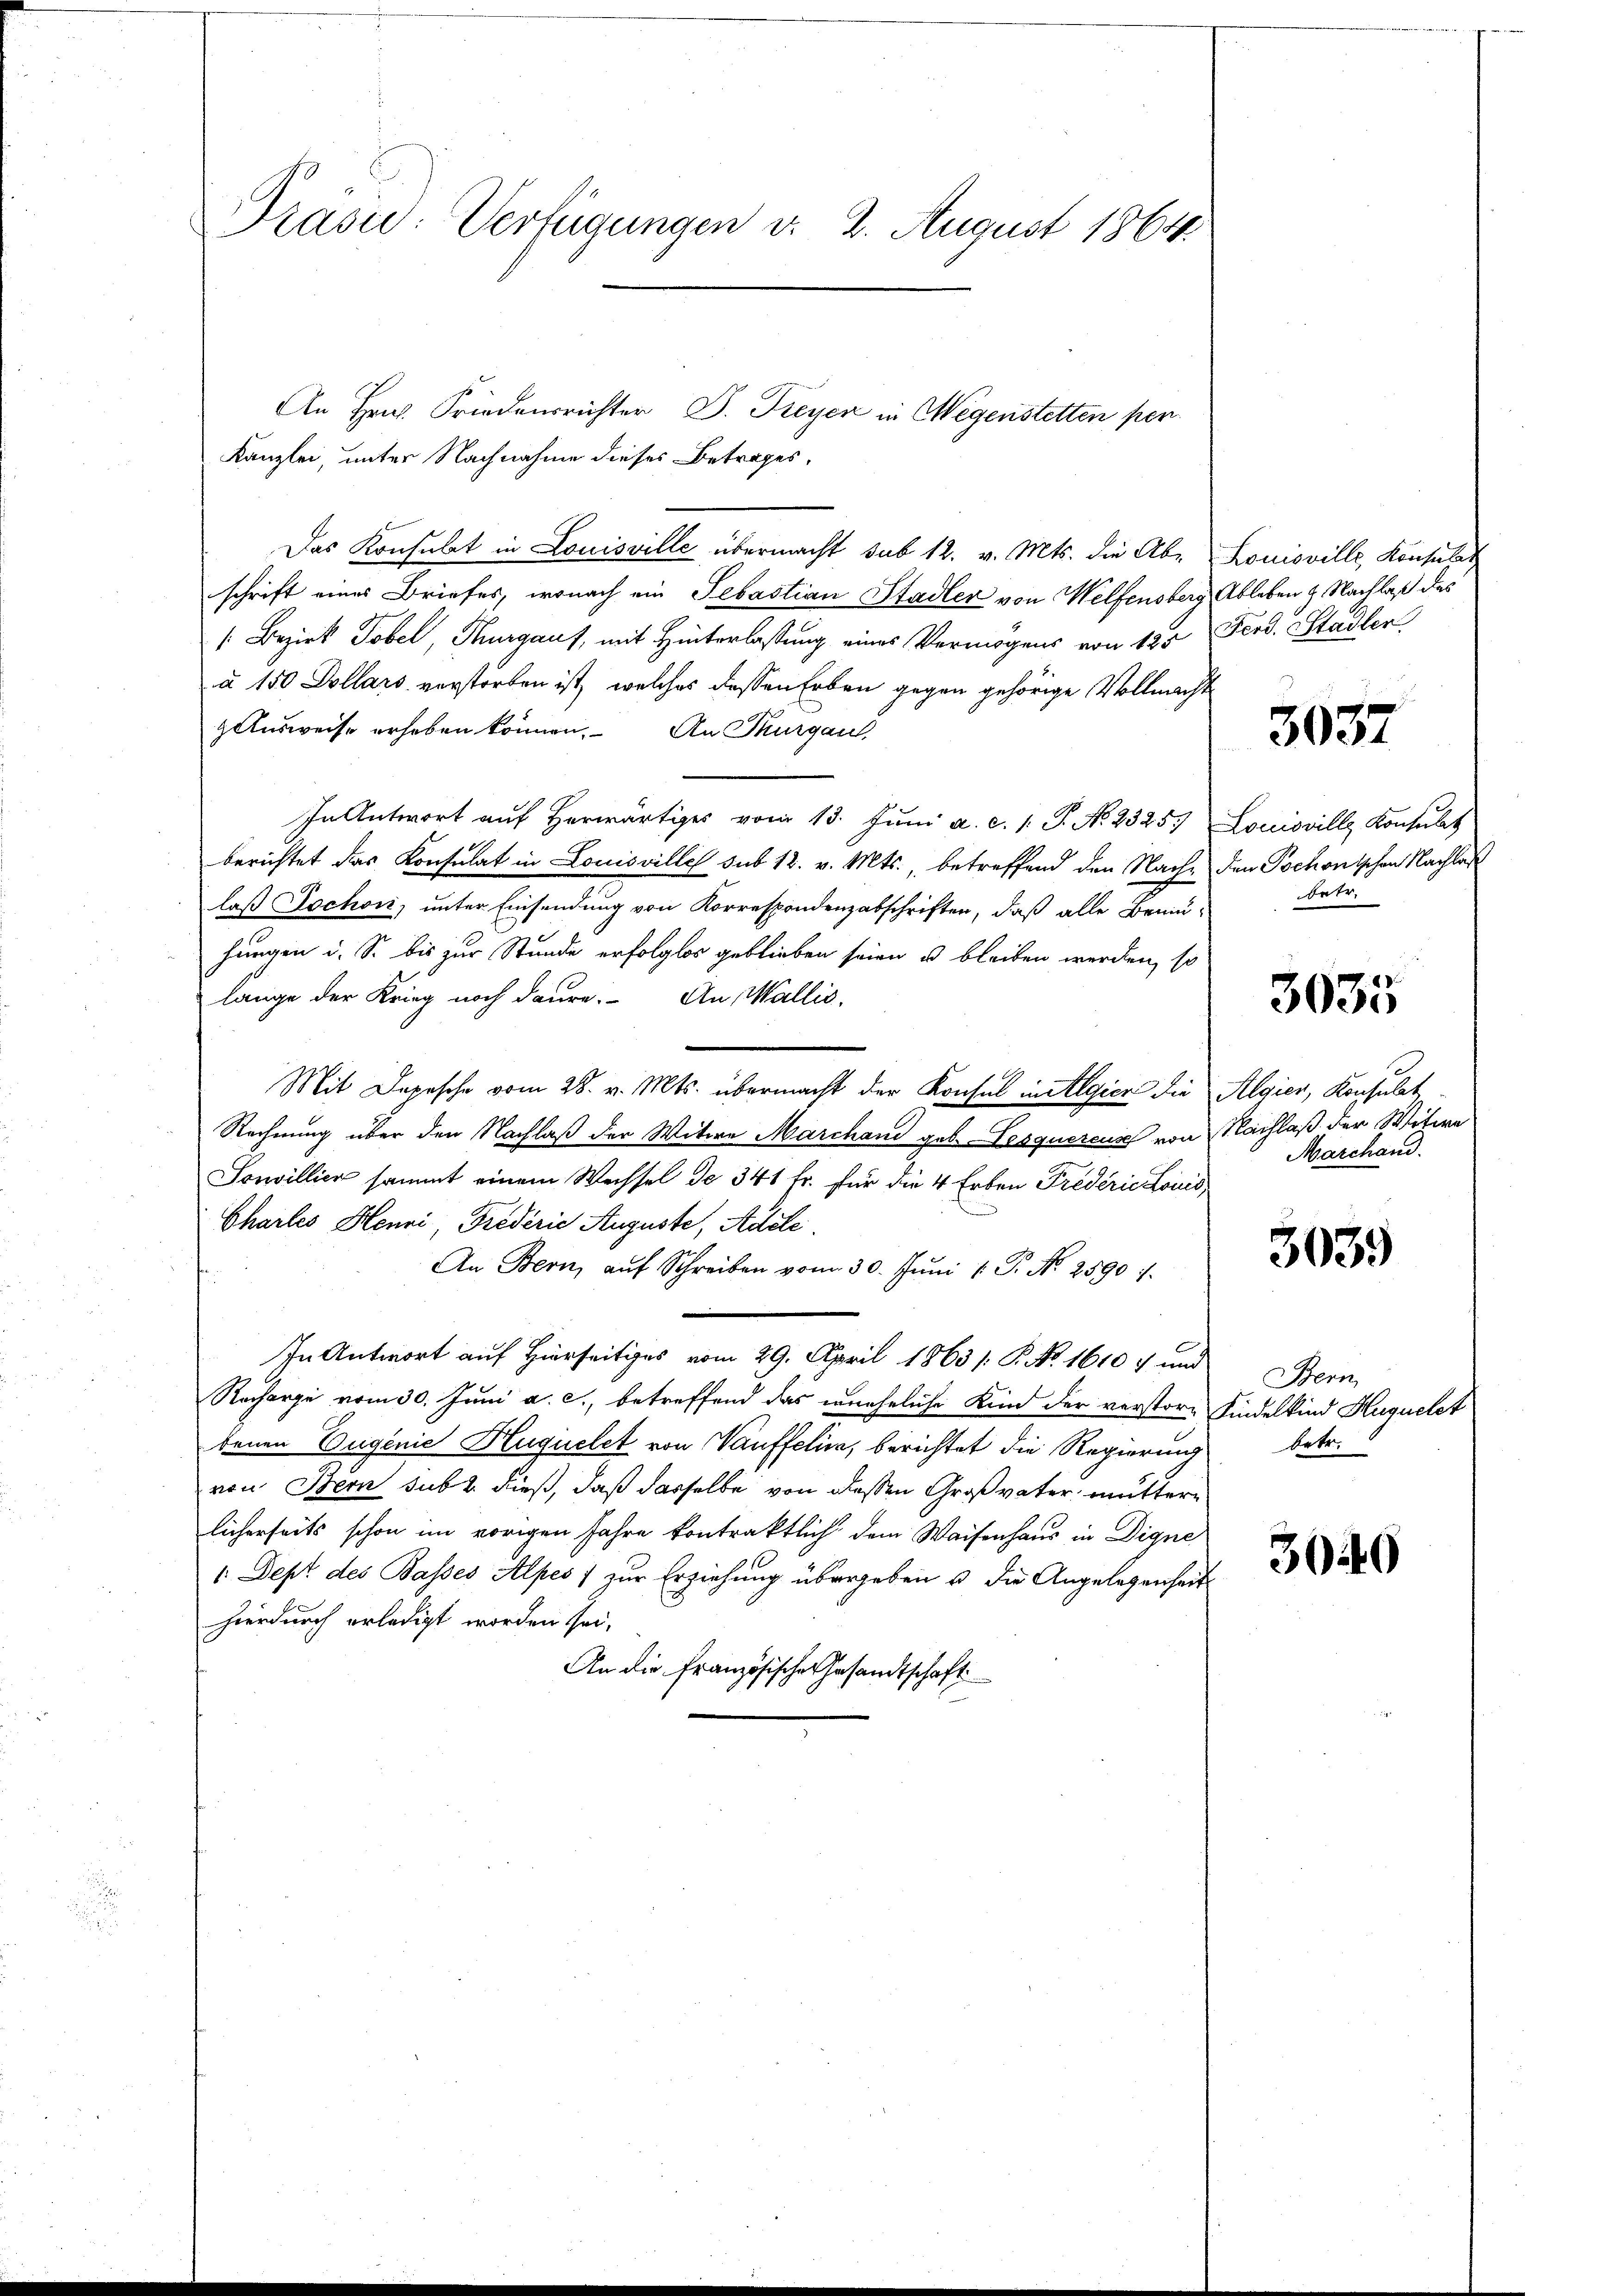
Präsid: Verfügungen v. 2. August 1864

An Hrn. Friedensrichter, D. Freyer in Wegenstetten per
Kanzlei, unter Nachnahme dieses Betrages,
Das Konsulat in Louisville übermacht sub 12. v. Mts. die Ab-
schrift eines Briefes, wonach ein Sebastian Stadler von Welfensberg
[ Bezirk Tobel, Thurgauf, mit Hinterlassung eines Vermögens von 125
à 150 Dollars verstorben ist, welches dessen Erben gegen gehörige Vollmacht
Ausweise erheben können. An Thurgau
In Antwort auf herwärtiges vom 13. Juni a. c. 1. P. No. 2325. Louisville Konsulat
berichtet das Konsulat in Louisville sub 12. v. Mts., betreffend den Nachlaß Jochon, unter Einsendung von Korrespondenzabschriften, daß alle Bemu-
hungen u. S. bis zur Stunde erfolglos geblieben seien u bleiben werden, so
lange der Krieg noch daure. An Wallis,
Mit Depesche vom 28. v. Mts. übermacht der Konsul in Algier die Algier, Konsulat
Rechnung über den Nachlaß der Witwe Marchani geb. Lesquercus von Nachlaß der Witwe
Sonvillier sammt einem Wechsel de 341 fr. für die 4 Erben Frederie Louis
Chartes Henni, Frederie Auguste, Adete.
An Bern, aŭf Schreiben vom 30. Jŭni 1. P. Nr. 2590 f.
In Antwort auf Hierseitiges vom 29. April 1863 /: P. No. 1610 f und
Racharge vom 30. Juni a. c., betreffend das uneheliche Kind der verstore Kindelkind Huquelst
benen Eugenie Huquelet von Vauffelina, berichtet die Regierung
von Bern sub 2. dieß, daß dasselbe von dessen Großvater muttere
licherseits schon im vorigen Jahre kontraktlich dem Waisenhaus in Digne
1. Dept des Basses Alpes) zur Erziehung übergeben u. die Angelegenheit
hierdurch erledigt worden sei,
An die Französische Gesandtschaft

Louisville Konsuls
Ableben 2. Nachlaß des
Ferd. Stadler

3037

den Schonischen Nachlas
hetr.

3035

Marchand.

3039

Bern
betr.

3040